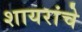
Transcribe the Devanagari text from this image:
शायरांचे